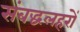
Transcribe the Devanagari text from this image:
संबद्धलहरों